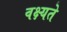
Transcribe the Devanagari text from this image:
वक्ष्यते